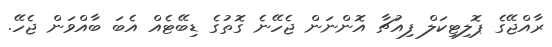
ރާއްޖޭގެ ޕޮލިޓިކަލް ފިއުޗާ އޮންނަން ޖެހޭނެ ގޮތުގެ ޑިބޭޓެއް އެބަ ބާއްވަން ޖެހޭ.